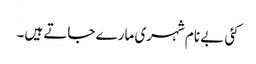
کئی بے نام شہری مارے جاتے ہیں۔